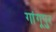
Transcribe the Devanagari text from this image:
गांगूपुर